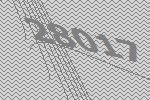
28017